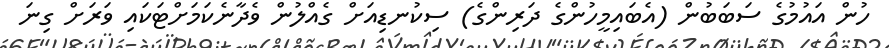
ހުން އައުމުގެ ސަބަބުން (އެބައިމީހުންގެ ދަރިންގެ) ސިކުނޑިއަށް ގެއްލުން ވެދާނެކަމަށްޓަކައި ވަރަށް ގިނަ